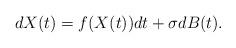
LaTeX: \begin{align*}dX(t)=f(X(t))dt+\sigma dB(t).\end{align*}